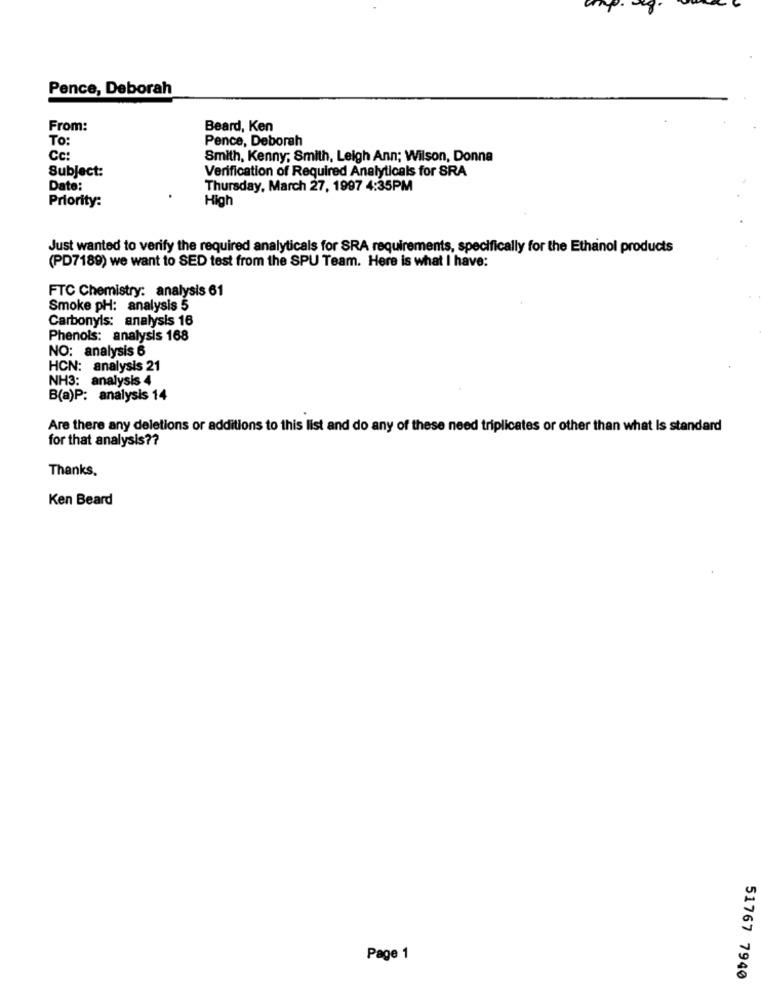
Pence, Deborah
From:
Beard, Ken
TO:
Pence, Deborah
Cc:
Smith, Kenny; Smith, Leigh Ann; Wilson, Donna
Subject:
Verification of Required Analyticals for SRA
Date:
Thursday, March 27, 1997 4:35PM
Priority:
High
Just wanted to verify the required analyticals for SRA requirements, specifically for the Ethanol products
(PD7189) we want to SED test from the SPU Team. Here is what I have:
FTC Chemistry: analysis 61
Smoke pH: analysis 5
Carbonyls: analysis 16
Phenols: analysis 168
NO: analysis 6
HCN: analysis 21
NH3: analysis 4
B(a)P: analysis 14
Are there any deletions or additions to this list and do any of these need triplicates or other than what Is standard
for that analysis ??
Thanks,
Ken Beard
Page 1
51767 7940